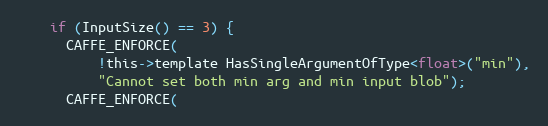
Language: C
    if (InputSize() == 3) {
      CAFFE_ENFORCE(
          !this->template HasSingleArgumentOfType<float>("min"),
          "Cannot set both min arg and min input blob");
      CAFFE_ENFORCE(